Sleeping sickness
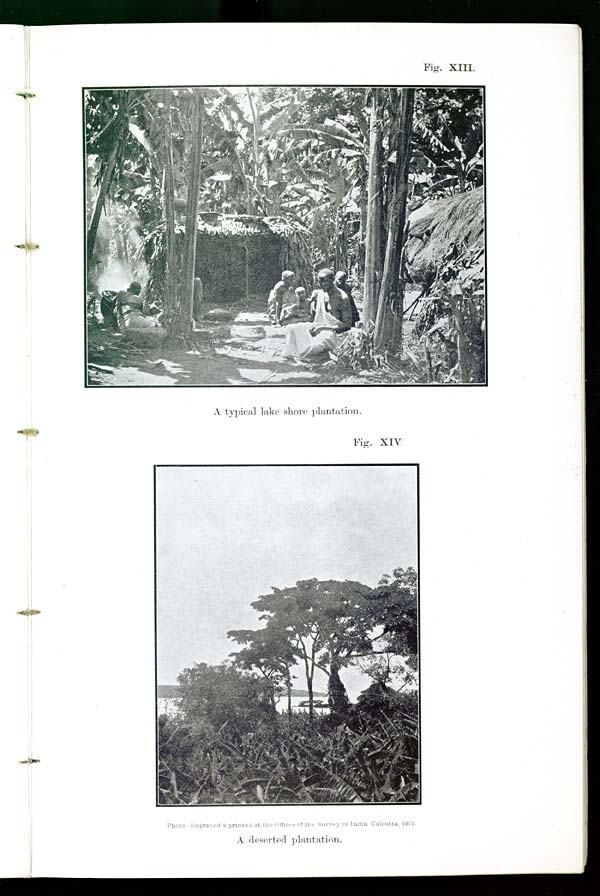
Fig. XIII.
A typical lake shore plantation.
Fig. XIV
Photo.-Engraved & printed at the Offices of the Survey of India Calcutta, 1912.
A deserted plantation.